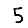
Digit: 5